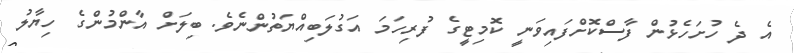
އެ ދެ ހުށަހެޅުން ފާސްކޮށްފައިވަނީ ކޮމިޓީގެ ފުރިހަމަ އަގުލަބިއްޔަތުންނެވެ. ބިލަށް އާންމުންގެ ހިޔާލު